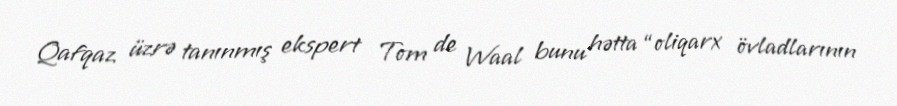
Qafqaz üzrə tanınmış ekspert Tom de Waal bunu hətta “oliqarx övladlarının